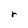
Character: r